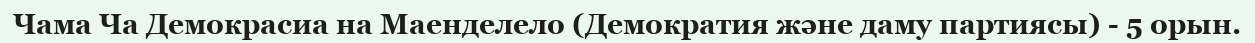
Чама Ча Демокрасиа на Маенделело (Демократия және даму партиясы) - 5 орын.